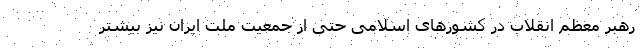
رهبر معظم انقلاب در کشورهای اسلامی حتی از جمعیت ملت ایران نیز بیشتر